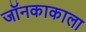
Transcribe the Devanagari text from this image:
जॉनकाकाला